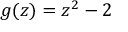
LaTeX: g ( z ) = z ^ { 2 } - 2